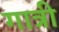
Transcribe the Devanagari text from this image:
गात्री